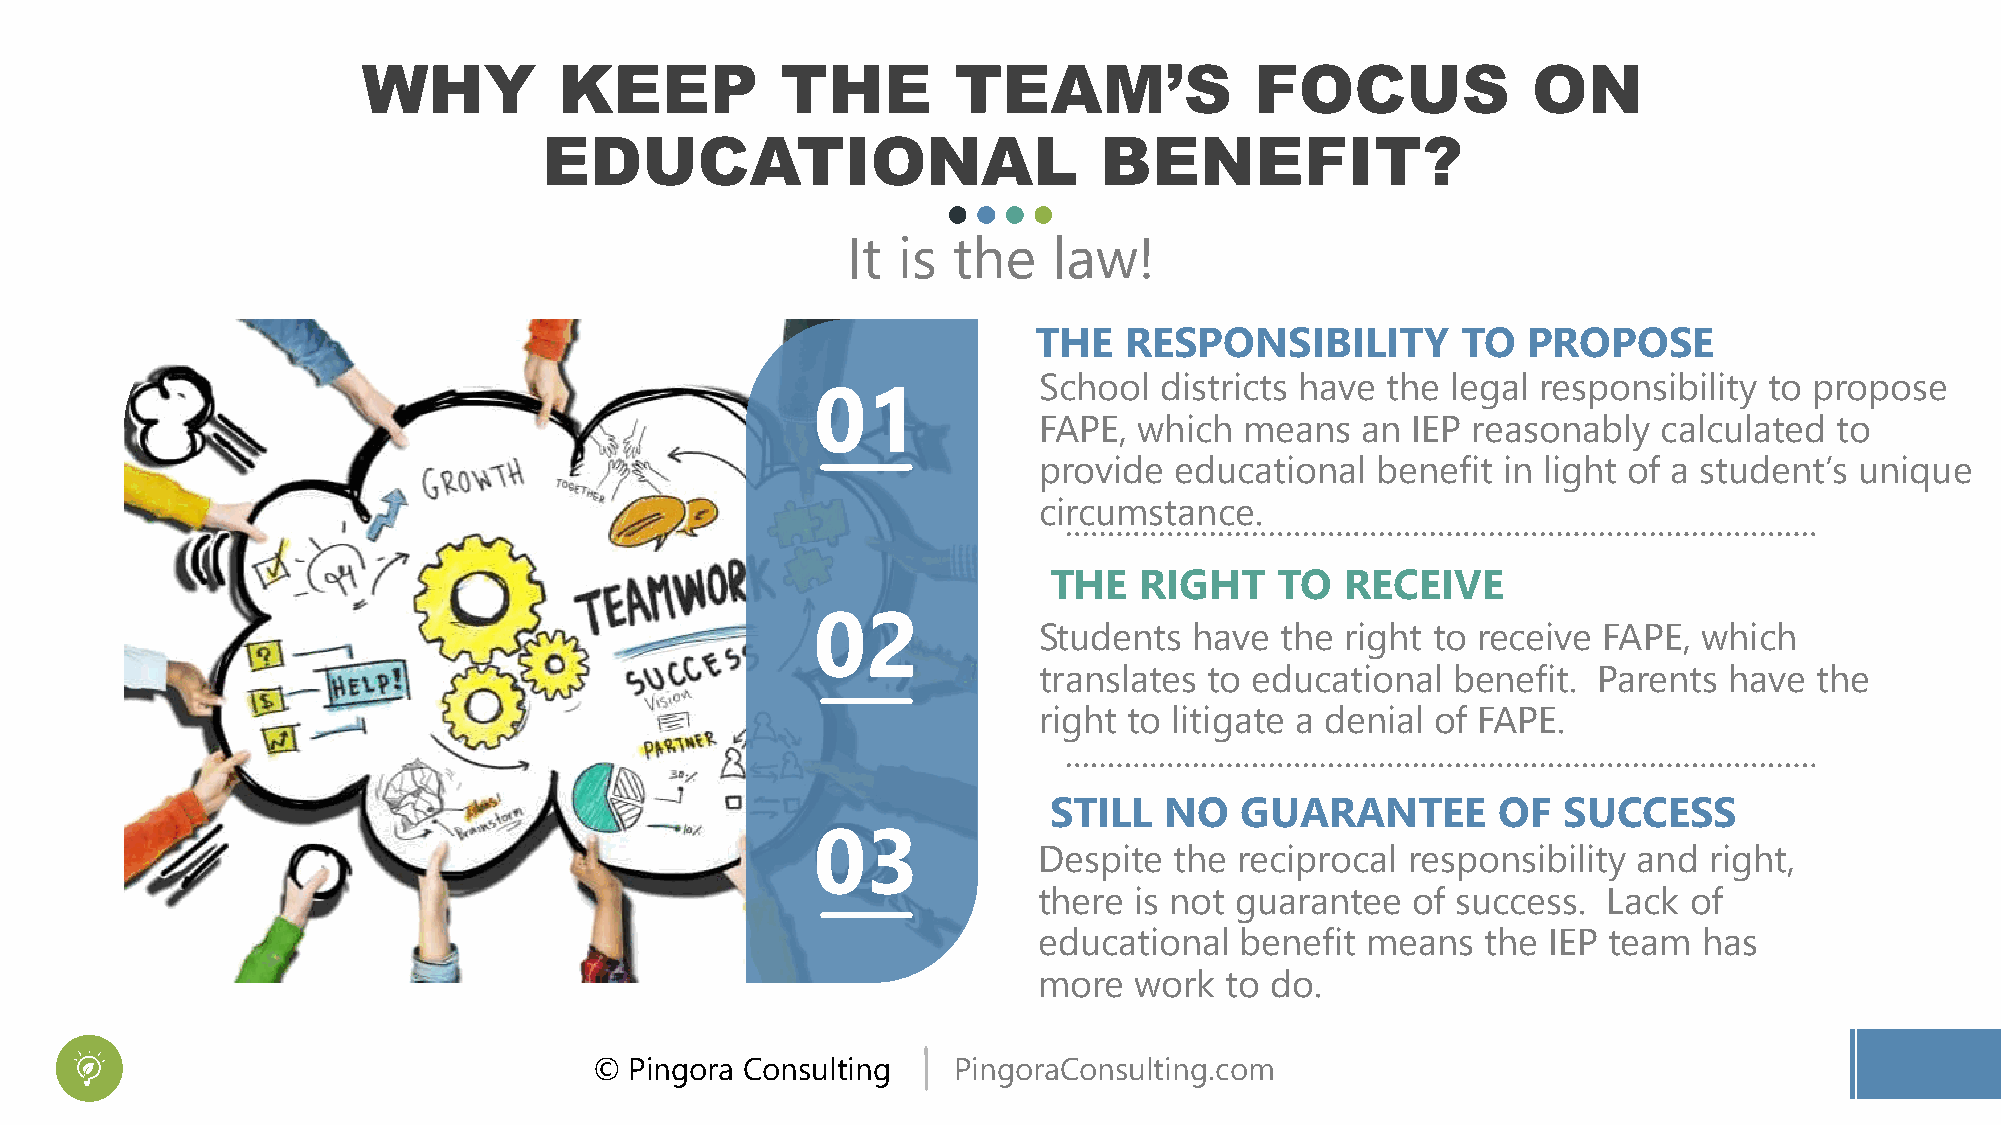
WHY          KEEP           THE        TEAM’S              FOCUS             ON
 EDUCATIONAL                          BENEFIT?
 It is  the    law!
 THE  RESPONSIBILITY         TO  PROPOSE
 School  districts have the legal responsibility to propose
 01
 FAPE, which  means   an IEP reasonably   calculated  to
 provide  educational  benefit in light of a student’s unique
 circumstance.
 THE   RIGHT     TO  RECEIVE
 02
 Students  have  the right to receive FAPE,  which
 translates to educational  benefit.  Parents have  the
 right to litigate a denial of FAPE.
 STILL   NO   GUARANTEE        OF  SUCCESS
 03
 Despite  the reciprocal responsibility and  right,
 there is not guarantee  of success.  Lack  of
 educational  benefit means   the IEP team   has
 more  work  to do.
 ©  Pingora Consulting   PingoraConsulting.com